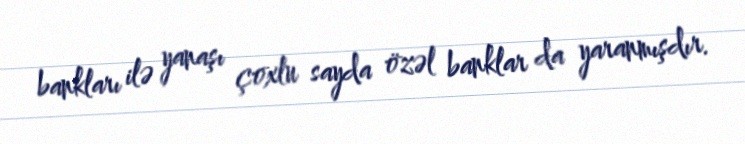
bankları ilə yanaşı çoxlu sayda özəl banklar da yaranmışdır.